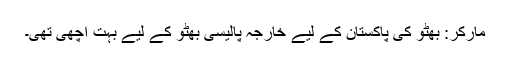
مارکر: بھٹو کی پاکستان کے لیے خارجہ پالیسی بھٹو کے لیے بہت اچھی تھی۔